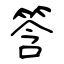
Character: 筨